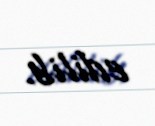
edilib.